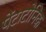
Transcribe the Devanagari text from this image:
पेंटाटोनिक